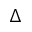
\Delta